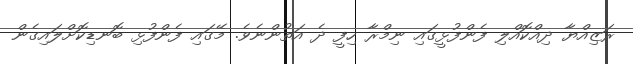
ރަޒިއްޔާ ދިއްކޮއްލި ފެންފުޅީގައި ނިމްރާ ހިފީ ދެ އަތުންނެވެ. މޭގައި ފެންފުޅި ބޮނޑިކޮށްލައިގެން